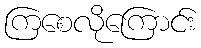
ကြစေလိုကြောင်း